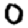
Digit: 0